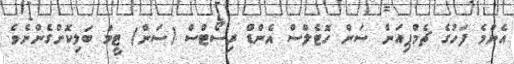
އެންމެ ފަހުގެ ޗެމްޕިއަން ސަން ހޮޓެލްސް އެންޑް ރިސޯޓްސް (ސަން) ޓީމު ބަލިކޮށްގެންނެވެ.